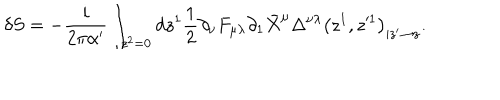
\delta S = - \frac { i } { 2 \pi \alpha ^ { \prime } } \int _ { z ^ { 2 } = 0 } d z ^ { 1 } \frac { 1 } { 2 } \partial _ { \nu } F _ { \mu \lambda } \partial _ { 1 } \bar { X } ^ { \mu } \Delta ^ { \nu \lambda } \left( z ^ { 1 } , z ^ { \prime 1 } \right) _ { | z ^ { \prime } \to z } .